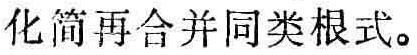
化简再合并同类根式。